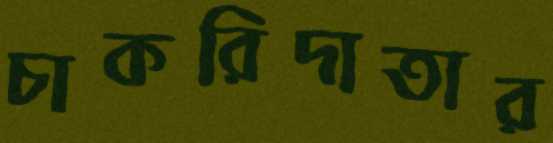
চাকরিদাতার